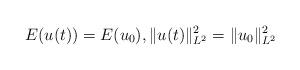
LaTeX: \begin{align*}E(u(t))=E(u_0), \|u(t)\|_{L^2}^2=\|u_0\|_{L^2}^2\end{align*}